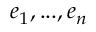
e _ { 1 } , . . . , e _ { n }